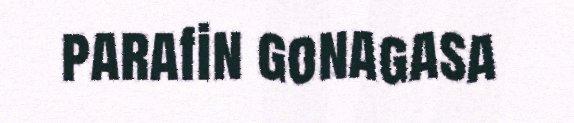
parafin gonagasa